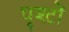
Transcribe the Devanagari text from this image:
पृश्टों